Calcutta medical institutions reports 1871-78
Year: 1871
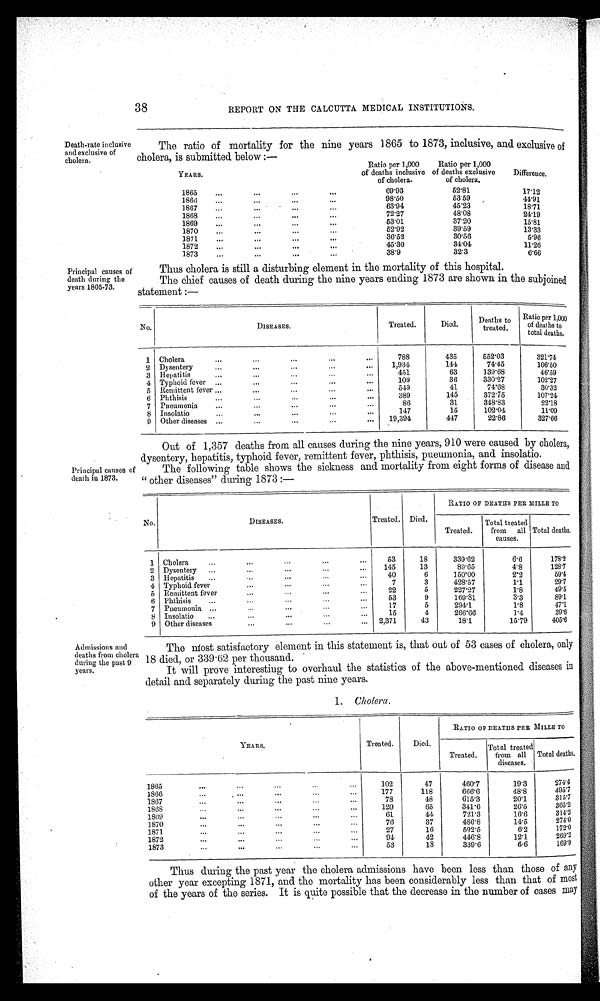
38
REPORT ON THE CALCUTTA MEDICAL INSTITUTIONS.
Death-rate inclusive
and exclusive of
cholera.
Principal causes of
death during the
years 1865-73.
The ratio of mortality for the nine years 1865 to 1873, inclusive, and exclusive of
cholera, is submitted below:—
YEARS.
Ratio per 1,000
of deaths inclusive
of cholera.
Ratio per 1,000
of deaths exclusive
of cholera.
Difference.
1865
...
...
...
...
69.93
52.81
17.12
1866
...
...
...
...
98.50
53.59
44.91
1867
...
...
. . .
63.94
45.23
18.71
1868
...
...
72.27
48.08
24.19
1869
...
...
...
...
53.01
37.20
15.81
1870
...
...
...
. . .
52.92
39.59
13.33
1871
. . .
...
...
. . .
36.52
30.56
5.96
1872
...
...
...
...
45.30
34.04
11.26
1873
...
. . .
. . .
. . .
38.9
32.3
6.66
Thus cholera is still a disturbing element in the mortality of this hospital.
The chief causes of death during the nine years ending 1873 are shown in the subjoined
Statement
No.
DISEASES.
Treated.
Died.
Deaths to
treated.
Ratio per
1,000
of deaths
to
total deaths.
1 Cholera
...
...
...
. . .
788
435
552.03
321.74
2 Dysentery
...
. . .
. . .
. . .
1,934
144
74.45
106.50
3 Hepatitis
...
...
...
...
451
63
139.68
46.59
4 Typhoid fever
. . .
...
...
. . .
109
36
330.27
102.27
5 Remittent fever
. . .
. . . ...
...
549
41
74.68
30.32
6 Phthisis
...
...
...
...
389
145
372.75
107.24
7 Pneumonia
. . .
. . .
. . .
. . .
86
31
348.83
22.18
8 Insolatio
...
...
...
...
147
15
102.04
11.09
9 Other diseases
. . .
. . . ...
...
19,394
447
22.86
327.66
Principal causes of
death in 1873.
Out of 1,357 deaths from all causes during the nine years, 910 were caused by cholera,
dysentery, hepatitis, typhoid fever, remittent fever, phthisis, pneumonia, and insolatio.
The following table shows the sickness and mortality from eight forms of disease and
" other diseases" during 1873 :—
No.
DISEASES.
Treated. Died.
RATIO OF DEATHS PER MILLE TO
Treated.
Total treated
from all
causes.
Total deaths.
1 Cholera
...
. . .
. . .
. . .
53
18
339.62
6.6
178.2
2 Dysentery
...
. . .
. . .
. . . 145
13
89.65
4.8
128.7
3 Hepatitis
. . .
. . .
. . .
. . . 40
6
150.00
2.2
59.4
4 Typhoid fever
...
...
. . .
...
7
3
428.57
1.1
29.7
5 Remittent fever
. . .
. . .
...
...
22
5
227.27
1.8
49.5
6 Phthisis
. . .
. . .
. . .
. . . 53
9
169.81
3.3
89.1
7 Pneumonia
. . . ...
. . .
. . .
17
5
294.1
1.8
47.1
8 Insolatio
. . .
. . .
. . .
. . . 15
4
266.66
1.4
39.6
9 Other diseases
. . .
. . .
. . .
... 2,371
43
18.1
15.79
405.6
Admissions and
deaths from cholera
during the past 9
years.
The Most satisfactory element in this statement is, that out of 53 cases of cholera, only
18 died, or 339.62 per thousand.
It will prove interesting to overhaul the statistics of the above-mentioned diseases in
detail and separately during the past nine years.
1. Cholera.
YEARS.
Treated.
Died.
RATIO OF DEATHS PER MILLE TO
Treated.
Total treated
from all
diseases.
Total deaths.
1865
...
...
...
...
...
102
47
460.7
19.3
274.4
1866
...
...
...
. . .
...
177
118
666.6
48.8
495.7
1867
...
. . .
...
. . .
. . .
78
48
615.3
20.1
315.7
1868
. . .
. . .
...
...
...
120
65
341.6
26.5
365.2
1869
...
...
. . .
...
...
61
44
721.3
16.6
314.2
1870
. . .
. . .
. . .
. . .
. . .
76
37
486.8
14.5
274.0
1871
...
...
...
...
...
27
16
592.5
6.2
172.0
1872
...
...
...
...
...
94
42
446.8
12.1
269.2
1873
. . .
...
. . .
...
. . .
53
18
339.6
6.6
169.9
Thus during the past year the cholera admissions have been less than those of any
other year excepting 1871, and the mortality has been considerably less than that of most
of the years of the series. It is quite possible that the decrease in the number of cases may